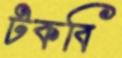
টকবি